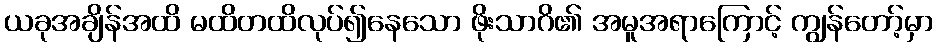
ယခုအချိန်အထိ မထိတထိလုပ်၍နေသော ဖိုးသာဂိ၏ အမူအရာကြောင့် ကျွန်တော့်မှာ